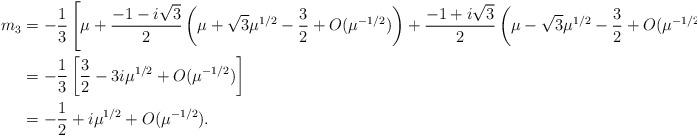
LaTeX: \begin{align*}m_3&=-\frac{1}{3}\left[\mu+\frac{-1-i\sqrt{3}}{2}\left(\mu+\sqrt{3}\mu^{1/2}-\frac{3}{2}+O(\mu^{-1/2})\right)+\frac{-1+i\sqrt{3}}{2}\left(\mu-\sqrt{3}\mu^{1/2}-\frac{3}{2}+O(\mu^{-1/2})\right)\right]\\&=-\frac{1}{3}\left[\frac{3}{2}-3i\mu^{1/2}+O(\mu^{-1/2})\right]\\&=-\frac{1}{2}+i\mu^{1/2}+O(\mu^{-1/2}).\end{align*}